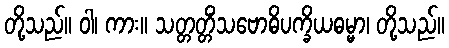
တို့သည်။ ဝါ၊ ကား။ သတ္တတ္တိံသဗောဓိပက္ခိယဓမ္မာ၊ တို့သည်။